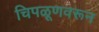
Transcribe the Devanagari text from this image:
चिपळूणवरून